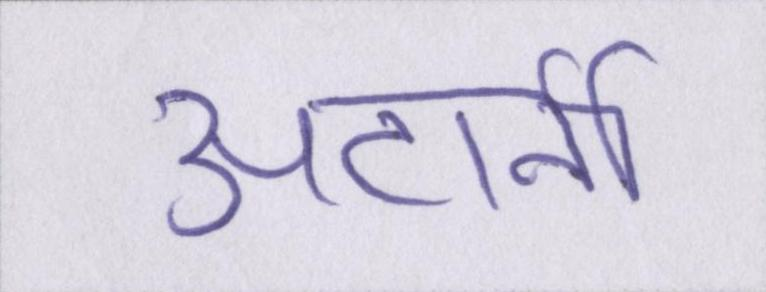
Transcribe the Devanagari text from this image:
अटार्नी